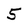
Character: 5